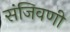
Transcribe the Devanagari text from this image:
संजिवणी